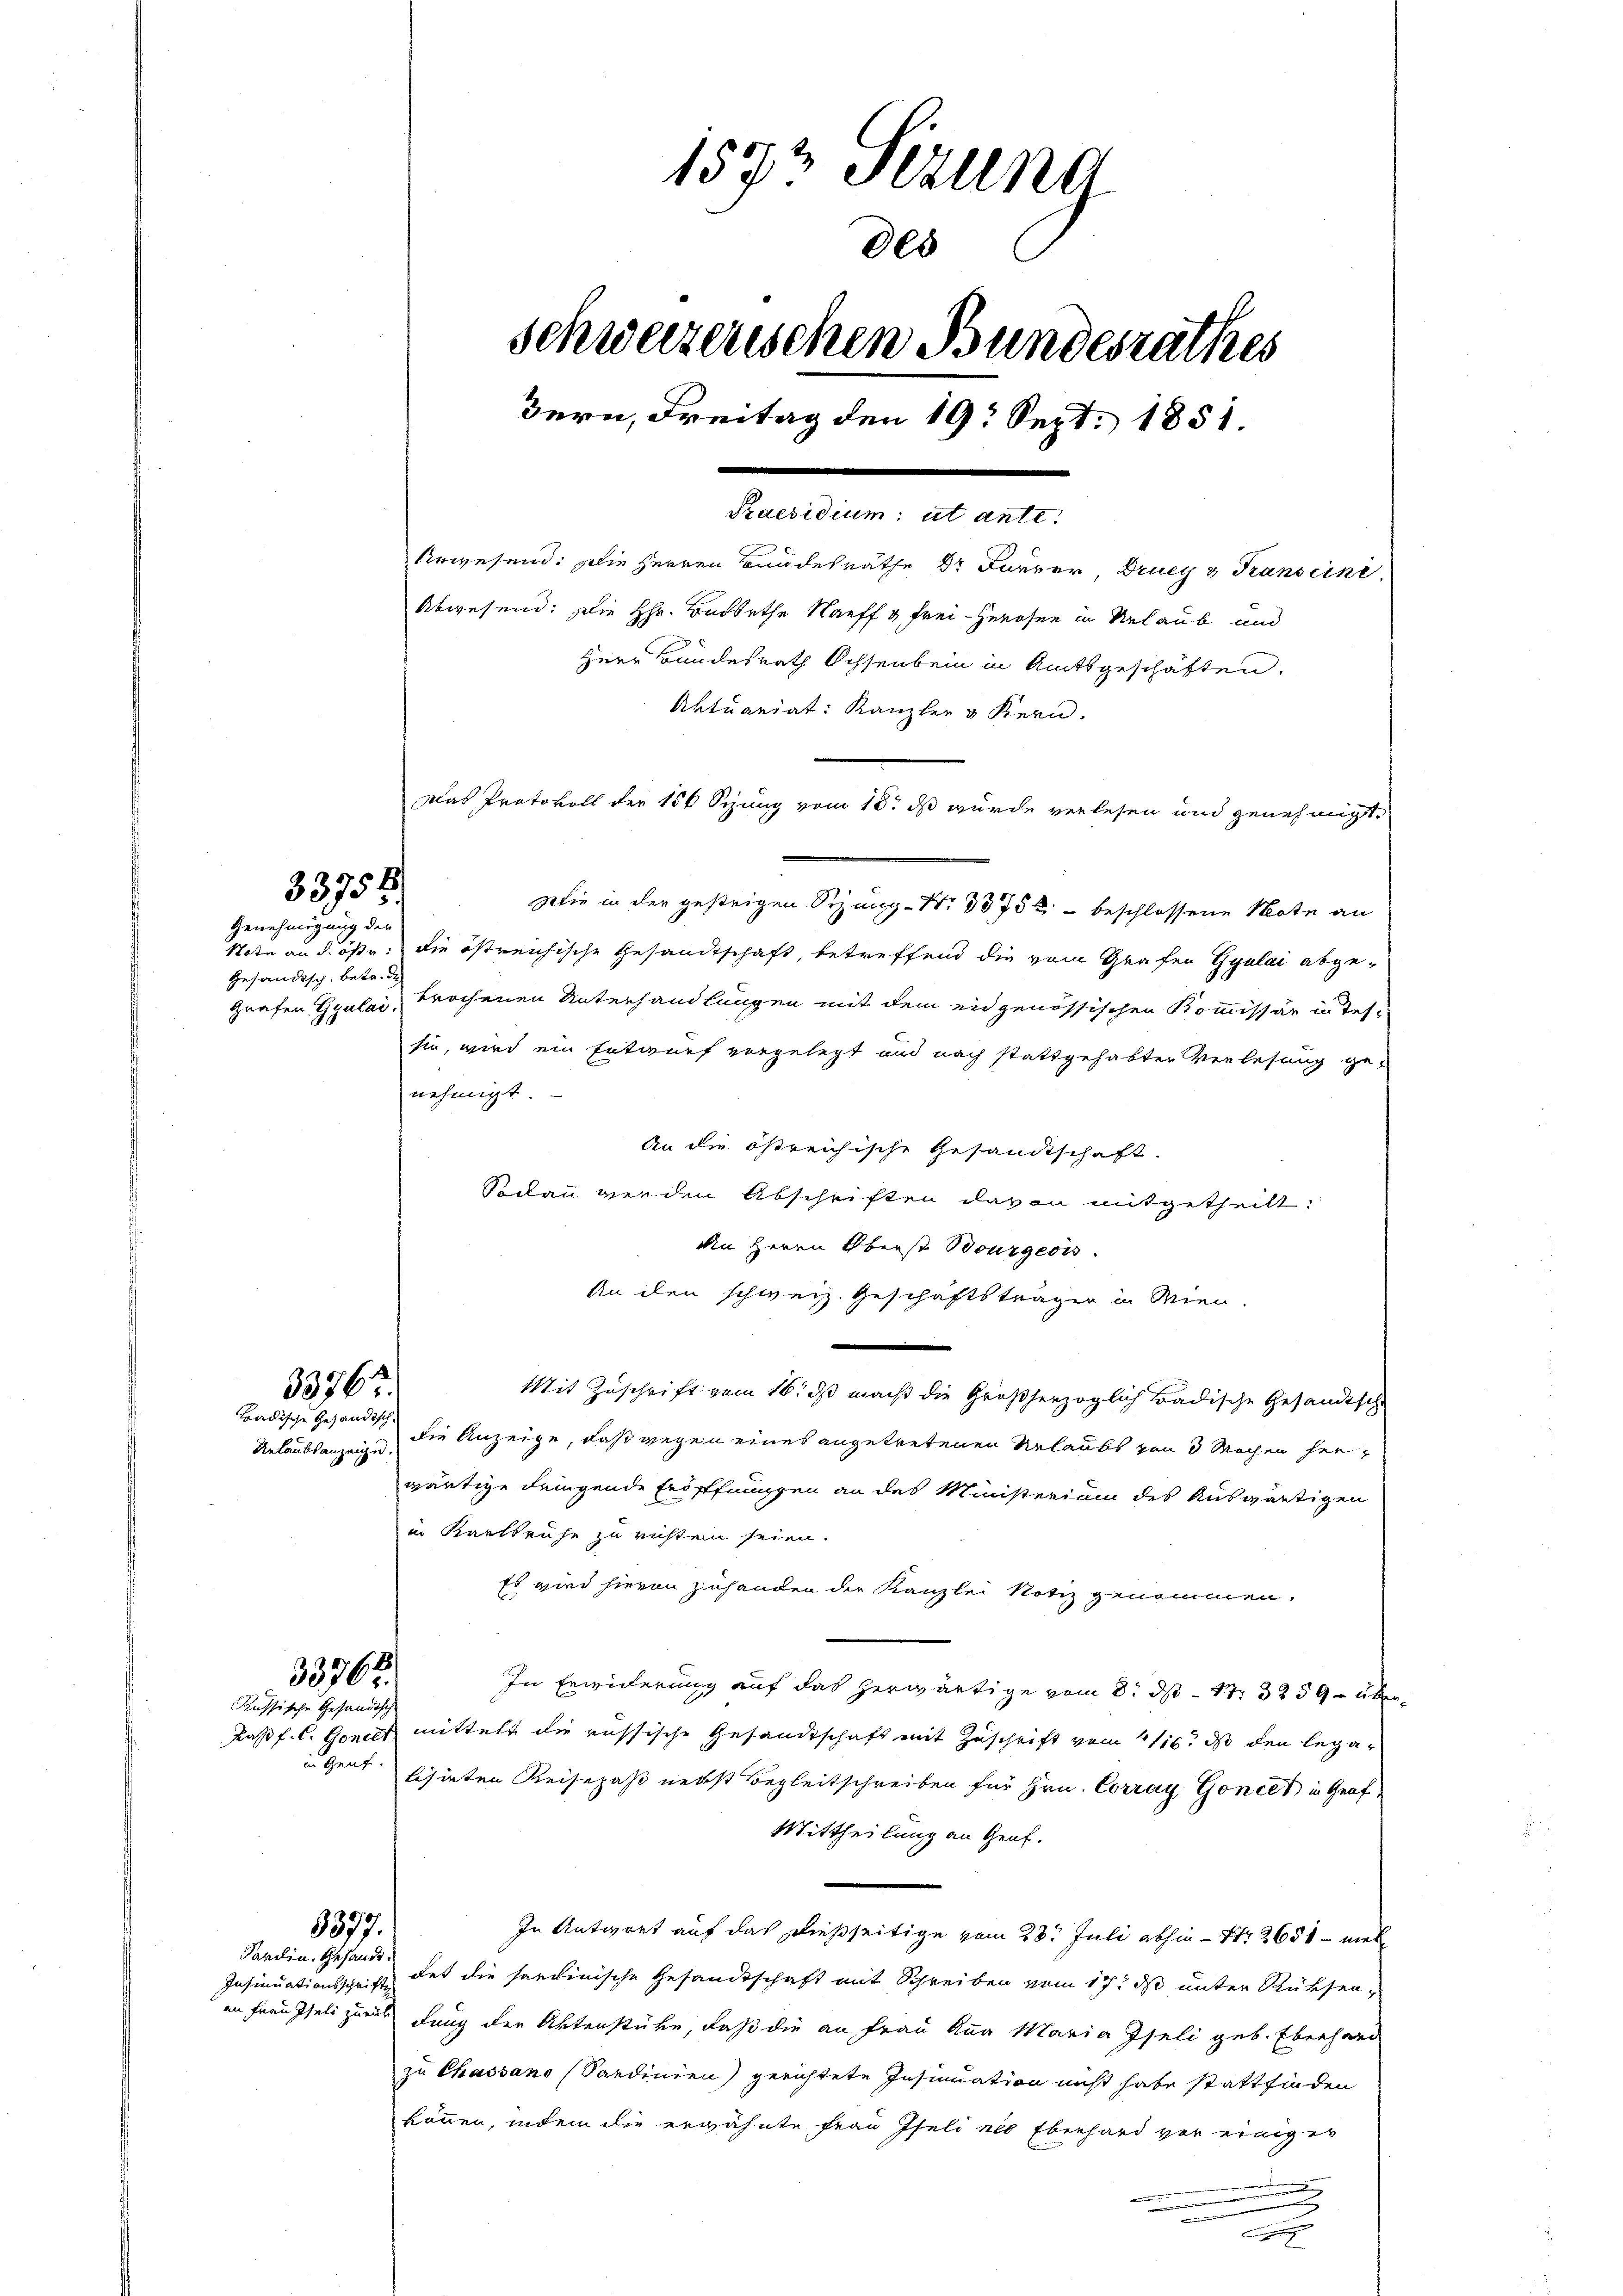
33758.

Genehmigung der
Gesandtsch, betr. de

33767.
Tradische Gesandtsche
Urlaubsanzeige.

33762.
Russische Gesandthe

9377.
Sardin. Gesandt.

1572 Fezung
000
schweizerischen Bundesrathes
Bern, Freitag den 19. Sept. 1851.
Praesidium ut ante.

Urwesend: Die Herren Bundesräthe Dr Furrer Drucy v Transcini
Abwesend: Die Hr. Budorthe Nauff & Frei-Herosen in Urlaub und
Herr Bundesrath Ochsenbein in Amtsgeschäften.
Das Protokoll der 150 Syung vom 18t ds wurde verlesen und genehmigt.
Wie in der gestrigen Sizang-Nr. 3375 beschlossene Note an
Tote an d. öste. Die östreichische Gesandtschaft, betreffend die vom Grafen Gyulai abge-
grafen Ggulai, prochenen Unterhandlungen mit dem eidgenössischen Kommissär in Tes-
sie, wird ein Entwurf vorgelegt und nach stattgehabter Verlesung ge-
nehmigt
An die östreichische Gesandtschaft.
Sodann werden Abschriften davon mitgetheilt:
den Herrn Oberst Bourgeois
An den schweiz. Geschäftsträger in Wien.
2
Mit Zuschrift vom 16. ds macht die Großherzoglich Badische Gesandtsch
die Anzeige, daß wegen eines angetretenen Urlaubs von 3 Wochen herwärtige dringende Erdstfungen an das Ministerium des Auswärtigen
in Karlsruhe zu richten seien.
Es wird hievon zuhanden der Kanzlei Notiz genommen.
In Erwiderung auf das herwärtige vom 8. ds – 17. 3259 - über¬
Kasf. C. Gonces mittelt die russische Gesandtschaft mit Zuschrift vom 116. ds den legar
in Gent, schinten Reisepaß nebst Begleitschreiben für Hrn. Corray, Goniet in Graf
Mittheilung an Genf.
In Antwort auf das dießseitige vom 28t Juli abhin – Nr 2651 - meh
Insinuationsschrift hat die hardinische Gesandtschaft mit Schreiben vom 17. ds unter Rücksenan Frau Iseli zurück Lang den Aktenstüke, daß die an Frau Anna Maria Iseli geb. Eberhard
zu Chassano Sardinien) gerichtete Insinuation nicht habe stattfinden
können, indem die erwähnte Frau Iseli als Eberhard vor einiger
.

Aktuariat: Kanzler & Kern.